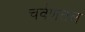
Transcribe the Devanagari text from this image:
चर्वणतल